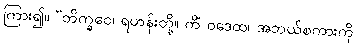
ကြား၍။ “ဘိက္ခဝေ၊ ရဟန်းတို့။ ကိံ ဝဒေထ၊ အဘယ်စကားကို